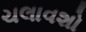
ચલાવશો